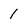
Character: 1